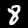
Label: 8